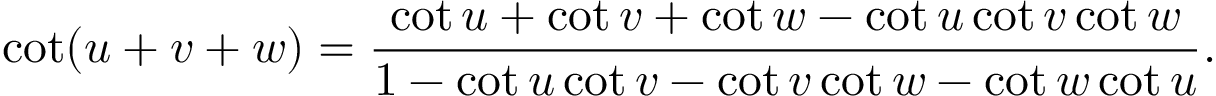
\cot ( u + v + w ) = { \frac { \cot u + \cot v + \cot w - \cot u \cot v \cot w } { 1 - \cot u \cot v - \cot v \cot w - \cot w \cot u } } .